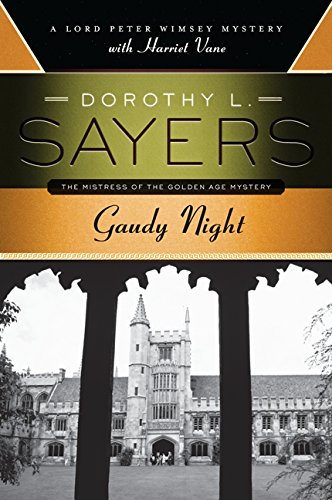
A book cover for Gaudy Night: A Lord Peter Wimsey Mystery with Harriet Vane; Dorothy L. Sayers; Mystery, Thriller & Suspense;